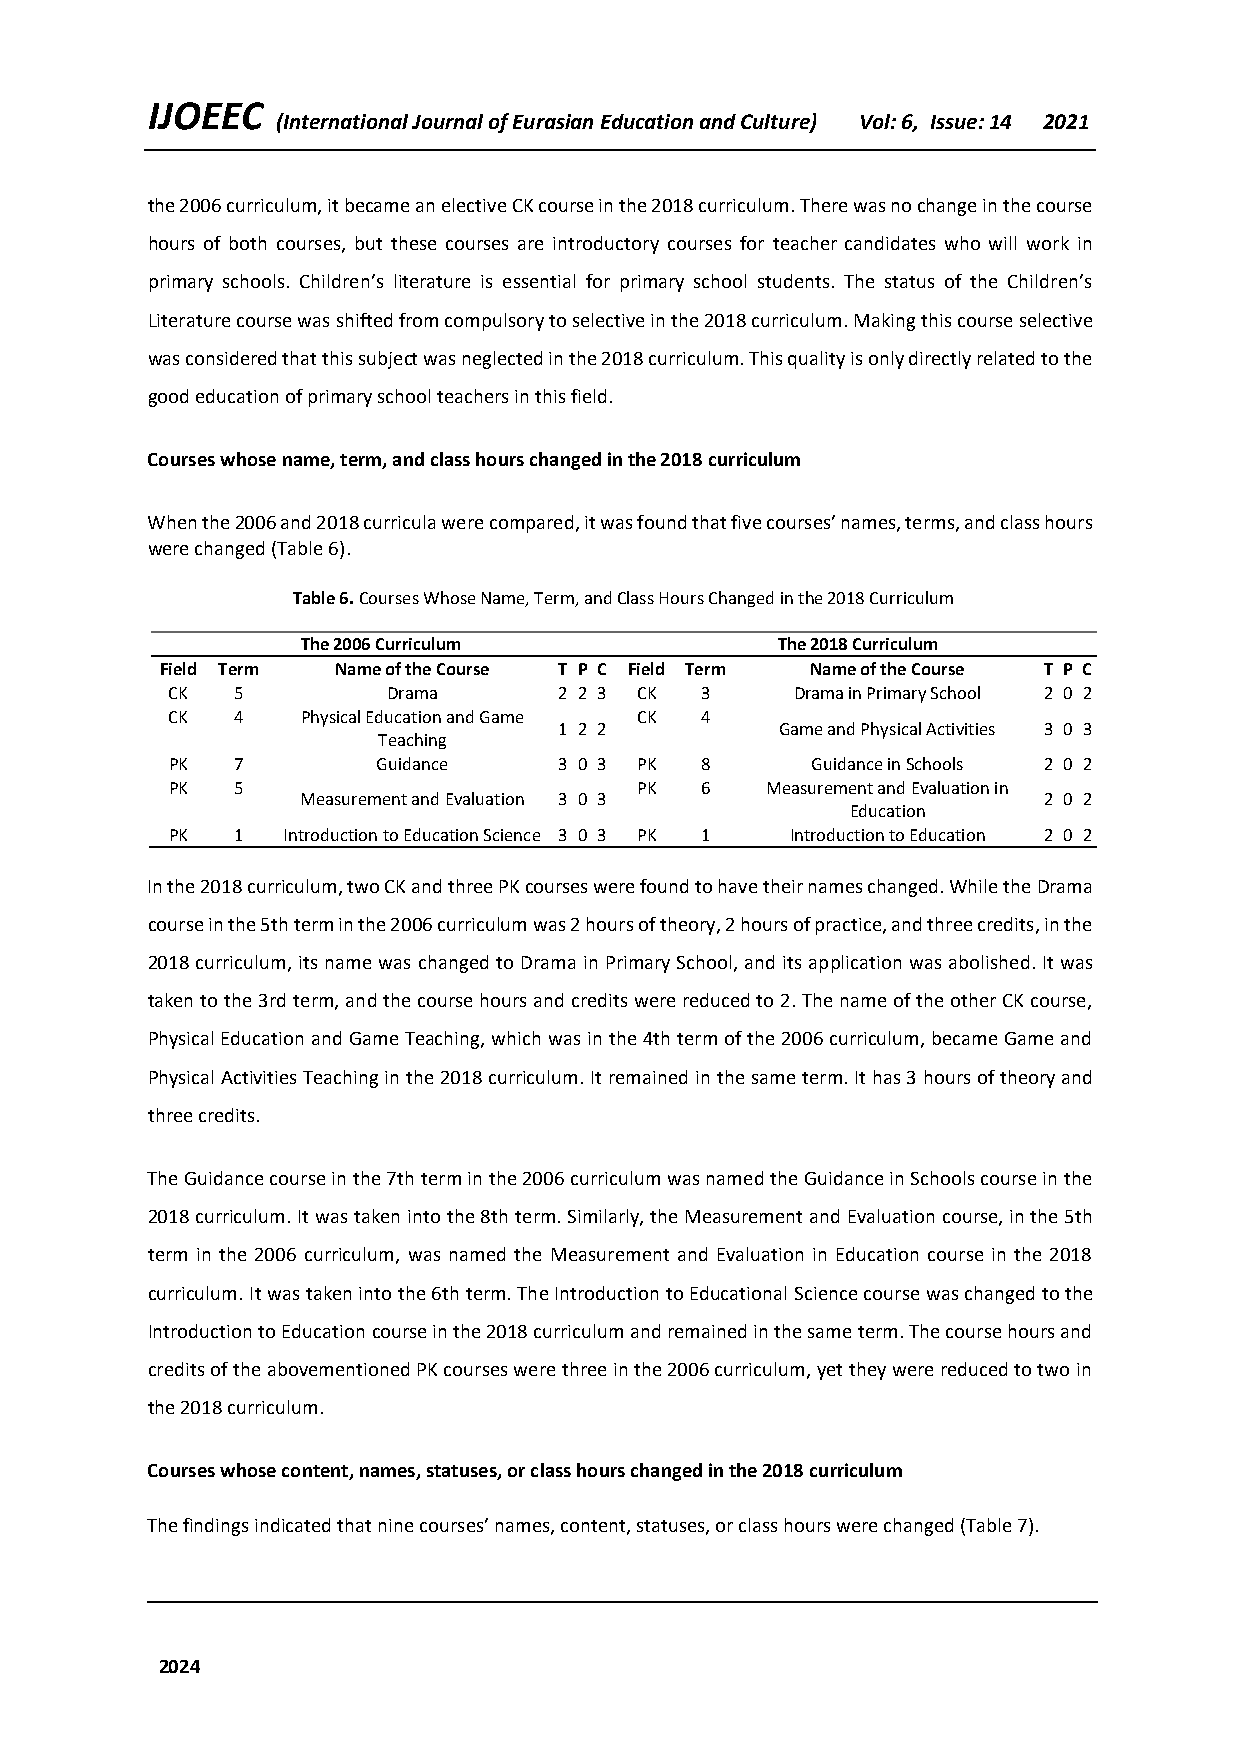
IJOEEC
 (International Journal of Eurasian Education and Culture) Vol: 6, Issue: 14 2021
 the 2006 curriculum, it became an elective CK course in the 2018 curriculum. There was no change in the course
 hours of both courses, but these courses are introductory courses for teacher candidates who will work in
 primary schools. Children’s literature is essential for primary school students. The status of the Children’s
 Literature course was shifted from compulsory to selective in the 2018 curriculum. Making this course selective
 was considered that this subject was neglected in the 2018 curriculum. This quality is only directly related to the
 good education of primary school teachers in this field.
 Courses whose name, term, and class hours changed in the 2018 curriculum
 When the 2006 and 2018 curricula were compared, it was found that five courses’ names, terms, and class hours
 were changed (Table 6).
 Table 6. Courses Whose Name, Term, and Class Hours Changed in the 2018 Curriculum
 The 2006 Curriculum            The 2018 Curriculum
 Field Term Name of the Course T P C Field Term Name of the Course T P C
 CK  5          Drama      2 2 3 CK 3      Drama in Primary School 2 0 2
 CK  4    Physical Education and Game CK 4
 1 2 2          Game and Physical Activities 3 0 3
 Teaching
 PK  7         Guidance    3 0 3 PK 8       Guidance in Schools 2 0 2
 PK  5                          PK  6    Measurement and Evaluation in
 Measurement and Evaluation 3 0 3                 2 0 2
 Education
 PK  1   Introduction to Education Science 3 0 3 PK 1 Introduction to Education 2 0 2
 In the 2018 curriculum, two CK and three PK courses were found to have their names changed. While the Drama
 course in the 5th term in the 2006 curriculum was 2 hours of theory, 2 hours of practice, and three credits, in the
 2018 curriculum, its name was changed to Drama in Primary School, and its application was abolished. It was
 taken to the 3rd term, and the course hours and credits were reduced to 2. The name of the other CK course,
 Physical Education and Game Teaching, which was in the 4th term of the 2006 curriculum, became Game and
 Physical Activities Teaching in the 2018 curriculum. It remained in the same term. It has 3 hours of theory and
 three credits.
 The Guidance course in the 7th term in the 2006 curriculum was named the Guidance in Schools course in the
 2018 curriculum. It was taken into the 8th term. Similarly, the Measurement and Evaluation course, in the 5th
 term in the 2006 curriculum, was named the Measurement and Evaluation in Education course in the 2018
 curriculum. It was taken into the 6th term. The Introduction to Educational Science course was changed to the
 Introduction to Education course in the 2018 curriculum and remained in the same term. The course hours and
 credits of the abovementioned PK courses were three in the 2006 curriculum, yet they were reduced to two in
 the 2018 curriculum.
 Courses whose content, names, statuses, or class hours changed in the 2018 curriculum
 The findings indicated that nine courses’ names, content, statuses, or class hours were changed (Table 7).
 2024